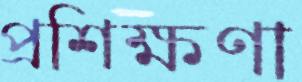
প্রশিক্ষণা